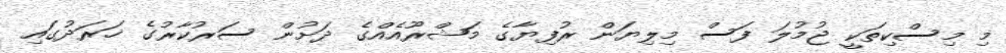
މި މިސްކިތަކީ ޖުމުލަ ފަސް މިލިޔަން ރުފިޔާގެ މަޝްރޫއެއްގެ ދަށުން ސަރުކާރުގެ ޚަރަދުގައި